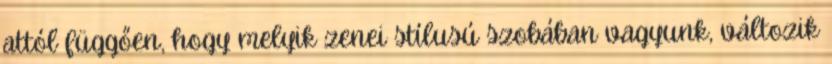
attól függően, hogy melyik zenei stílusú szobában vagyunk, változik